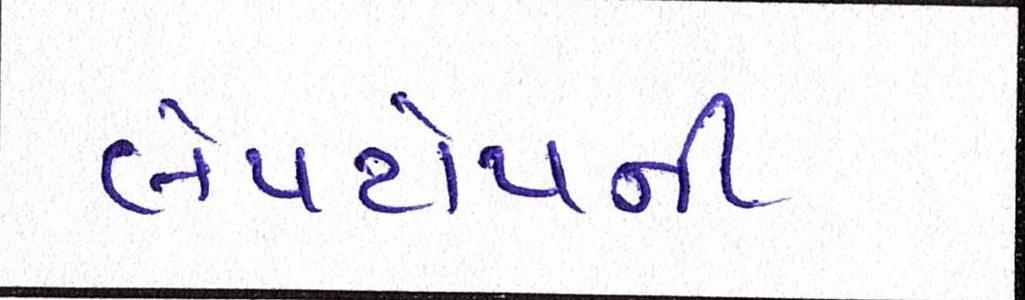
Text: લેપટોપની